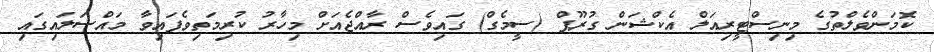
ކޮމަންވެލްތުގެ މިނިސްޓީރިއަލް އެކްޝަން ގުރޫޕް (ސީމެގް) ގައިވެސް ރާއްޖެއަށް މިހާރު ކުރިމަތިވެފައިވާ މައްސަލައިގައި